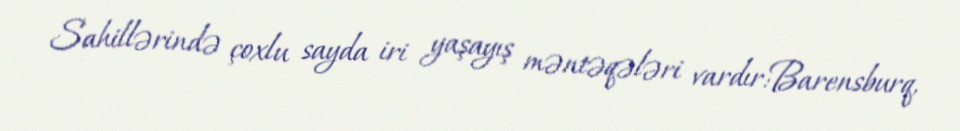
Sahillərində çoxlu sayda iri yaşayış məntəqələri vardır:Barensburq,